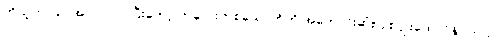
ကိုယ့်ဘာသာအလုပ်လုပ်ပြီးတော့ ကလေးတစ်ယောက်ကို အကောင်းဆုံးပြုစုပျိုးထောင်နိုင်တယ်။